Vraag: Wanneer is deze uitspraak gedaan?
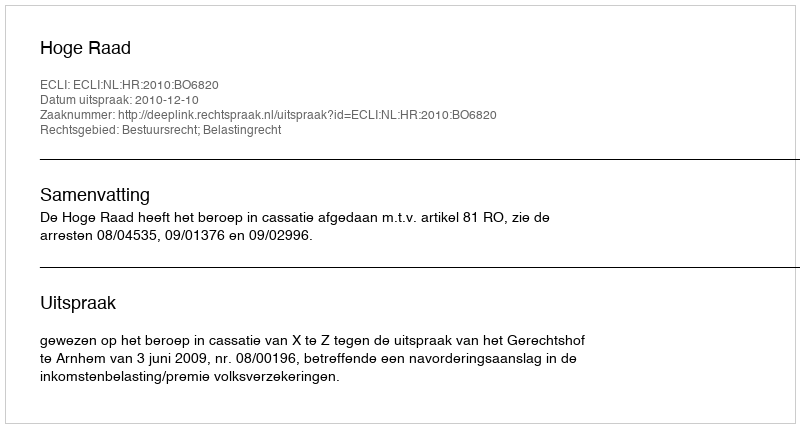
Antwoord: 2010-12-10